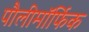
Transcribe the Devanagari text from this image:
पौलीमॉर्फिक